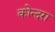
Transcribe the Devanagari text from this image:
कोन्दरा